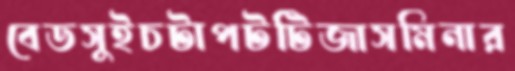
বেডসুইচটাপটটিজাসমিনার